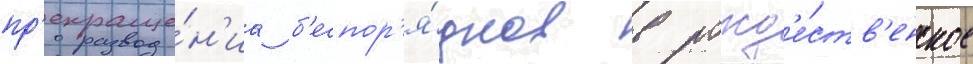
пр'екраще́н'иа б'еспор'я́дков в рожд'е́ств'енское